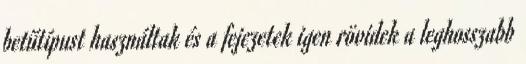
betűtípust használtak és a fejezetek igen rövidek a leghosszabb